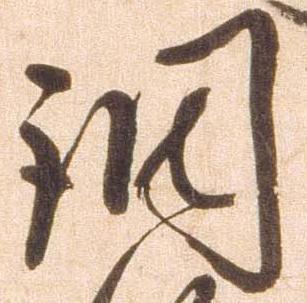
調